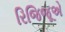
રિજિજૂએ